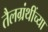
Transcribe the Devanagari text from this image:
तैलग्रंथींच्या